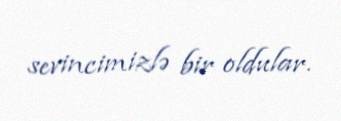
sevincimizlə bir oldular.